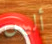
أليس